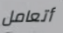
أتعامل